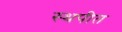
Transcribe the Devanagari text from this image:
स्थपीत